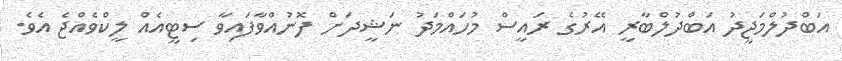
އަބްދުލްމަޖީދު އަބްދުލްބާރީ އޭރުގެ ރައީސް މުހައްމަދު ނަޝީދަށް ފޮނުއްވާފައިވާ ސިޓީއެއް ލީކްވެއްޖެ އެވެ.